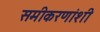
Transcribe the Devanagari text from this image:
समीकरणांशी